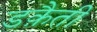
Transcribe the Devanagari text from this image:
डक़ैती